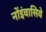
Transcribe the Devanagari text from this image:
नोंइंवासिवे